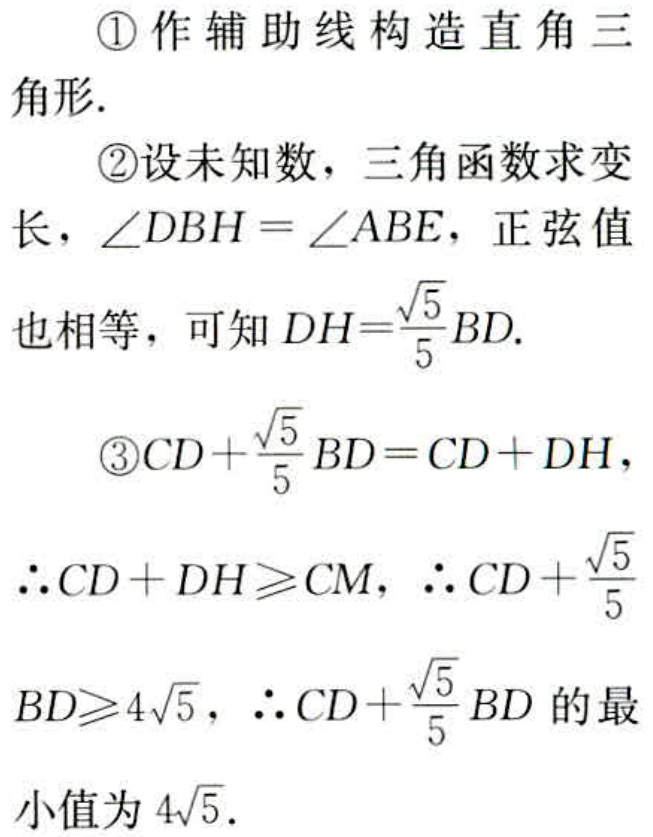
\textcircled{1}作辅助线构造直角三角形.

\textcircled{2}设未知数，三角函数求变长，\(\angle DBH = \angle ABE\)，正弦值也相等，可知\(DH=\frac{\sqrt{5}}{5}BD\).

\textcircled{3}\(CD+\frac{\sqrt{5}}{5}BD = CD + DH\)，\(\therefore CD + DH\geqslant CM\)，\(\therefore CD+\frac{\sqrt{5}}{5}BD\geqslant4\sqrt{5}\)，\(\therefore CD+\frac{\sqrt{5}}{5}BD\)的最小值为\(4\sqrt{5}\).